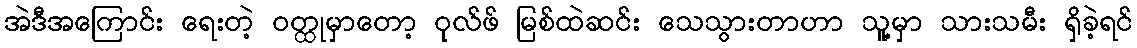
အဲဒီအကြောင်း ရေးတဲ့ ဝတ္ထုမှာတော့ ဝုလ်ဖ် မြစ်ထဲဆင်း သေသွားတာဟာ သူ့မှာ သားသမီး ရှိခဲ့ရင်